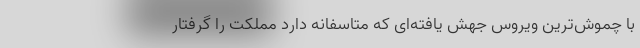
با چموش‌‌ترین ویروس جهش یافته‌‌ای که متاسفانه دارد مملکت را گرفتار